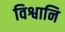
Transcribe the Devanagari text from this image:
विश्वानि